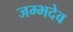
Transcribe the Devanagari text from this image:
जम्भदेव